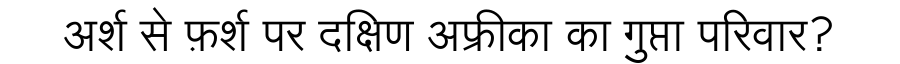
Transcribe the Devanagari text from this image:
अर्श से फ़र्श पर दक्षिण अफ्रीका का गुप्ता परिवार?